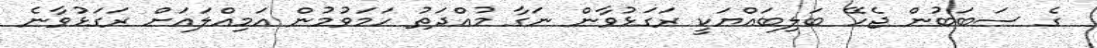
ގެ ސަބަބުން ޖެހޭ ބަލިބައްޔަކީ ރަގަޅުވާން ނަގާ މުއްދަތު ހަމަވުމުން އަމިއްލައަށް ރަގަޅުވާނެ